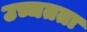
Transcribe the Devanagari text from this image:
उच्चतता